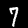
Label: 7